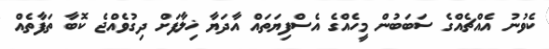
ކެވުނު އެއްޗެއްގެ ސަބަބުން މީހެއްގެ އެސްފިޔަތައް އާދަޔާ ޚިލާފަށް ދިގުވެއްޖެ ކޮބާ ތަފާތެއް